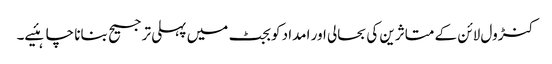
کنڑول لائن کے متاثرین کی بحالی اور امداد کو بجٹ میں پہلی ترجیح بنانا چاہئیے۔